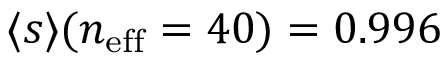
\langle s \rangle ( n _ { \mathrm { e f f } } = 4 0 ) = 0 . 9 9 6